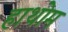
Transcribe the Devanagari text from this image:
हाथोम